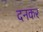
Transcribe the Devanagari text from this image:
दनकर